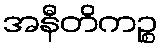
အနီတိကဉ္စ